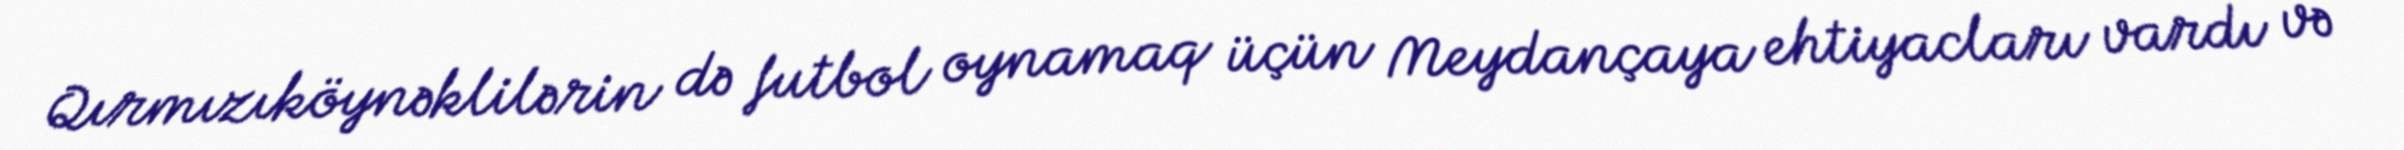
Qırmızıköynəklilərin də futbol oynamaq üçün Meydançaya ehtiyacları vardı və